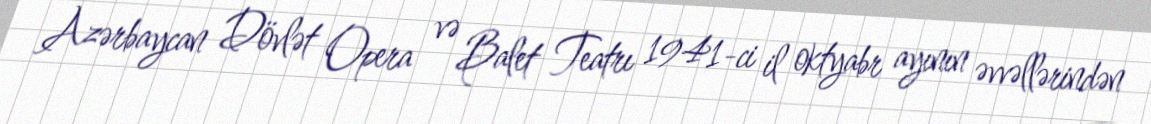
Azərbaycan Dövlət Opera və Balet Teatrı 1941-ci il oktyabr ayının əvvəllərindən